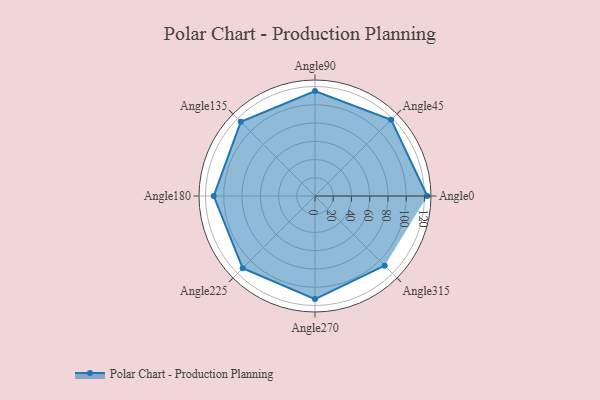
{"axis": {"x": "Angle", "y": "Radius"}, "legend": [""], "data": [{"x": "Angle0", "y": 123.0, "type": ""}, {"x": "Angle45", "y": 118.0, "type": ""}, {"x": "Angle90", "y": 115.0, "type": ""}, {"x": "Angle135", "y": 115.0, "type": ""}, {"x": "Angle180", "y": 111.0, "type": ""}, {"x": "Angle225", "y": 112.0, "type": ""}, {"x": "Angle270", "y": 113.0, "type": ""}, {"x": "Angle315", "y": 108.0, "type": ""}]}